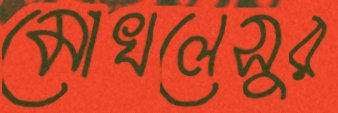
মোখলেসুর